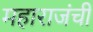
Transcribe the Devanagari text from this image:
महाराजंची